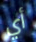
أي